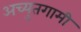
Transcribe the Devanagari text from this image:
अच्युतगामी